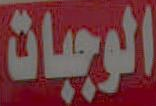
الوجبات